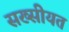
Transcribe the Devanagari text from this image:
सख्सीयत